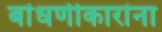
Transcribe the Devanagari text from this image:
बांधणीकारांना